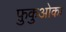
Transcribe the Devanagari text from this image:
फ़ुकुओका